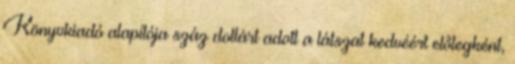
Könyvkiadó alapítója száz dollárt adott a látszat kedvéért előlegként,